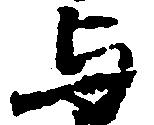
与